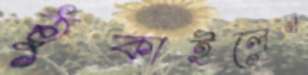
ঠুকাইলেন